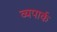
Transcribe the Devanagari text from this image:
व्यपार्क